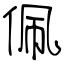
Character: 佩